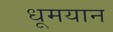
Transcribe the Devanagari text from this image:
धूमयान